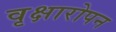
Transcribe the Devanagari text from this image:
वृक्षारोपन